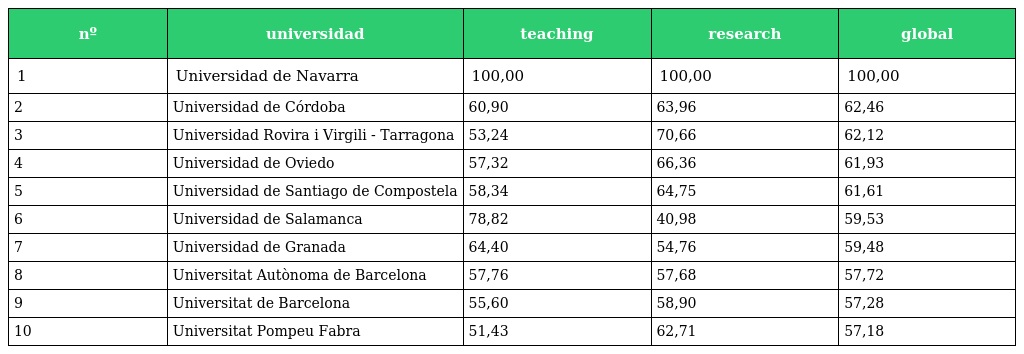
| nº | universidad | teaching | research | global |
 | --- | --- | --- | --- | --- |
 | 1 | Universidad de Navarra | 100,00 | 100,00 | 100,00 |
 | 2 | Universidad de Córdoba | 60,90 | 63,96 | 62,46 |
 | 3 | Universidad Rovira i Virgili - Tarragona | 53,24 | 70,66 | 62,12 |
 | 4 | Universidad de Oviedo | 57,32 | 66,36 | 61,93 |
 | 5 | Universidad de Santiago de Compostela | 58,34 | 64,75 | 61,61 |
 | 6 | Universidad de Salamanca | 78,82 | 40,98 | 59,53 |
 | 7 | Universidad de Granada | 64,40 | 54,76 | 59,48 |
 | 8 | Universitat Autònoma de Barcelona | 57,76 | 57,68 | 57,72 |
 | 9 | Universitat de Barcelona | 55,60 | 58,90 | 57,28 |
 | 10 | Universitat Pompeu Fabra | 51,43 | 62,71 | 57,18 |